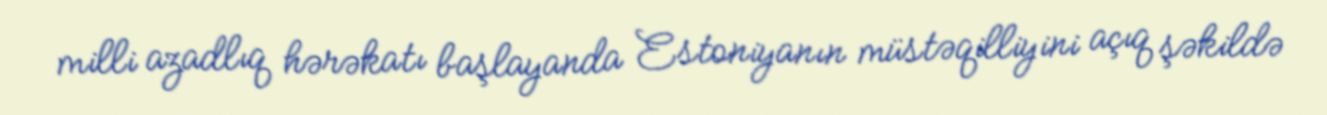
milli azadlıq hərəkatı başlayanda Estoniyanın müstəqilliyini açıq şəkildə